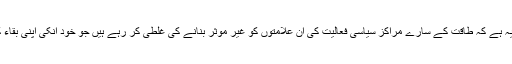
حیرت انگیز امر یہ ہے کہ طاقت کے سارے مراکز سیاسی فعالیت کی ان علامتوں کو غیر موثر بنانے کی غلطی کر رہے ہیں جو خود انکی اپنی بقاء کیلئے ناگزیر ہیں۔